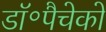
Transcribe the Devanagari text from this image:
डॉ॰पैचेको